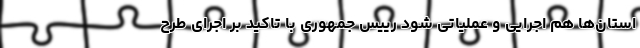
استان‌ها هم اجرایی و عملیاتی شود رییس جمهوری با تاکید بر اجرای طرح